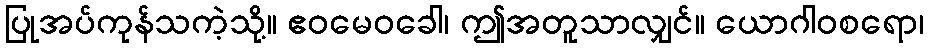
ပြုအပ်ကုန်သကဲ့သို့။ ဧဝမေဝခေါ၊ ဤအတူသာလျှင်။ ယောဂါဝစရော၊